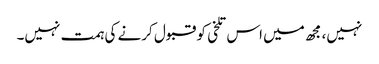
نہیں، مجھ میں اس تلخی کو قبول کرنے کی ہمت نہیں۔